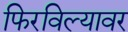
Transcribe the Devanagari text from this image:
फिरविल्यावर